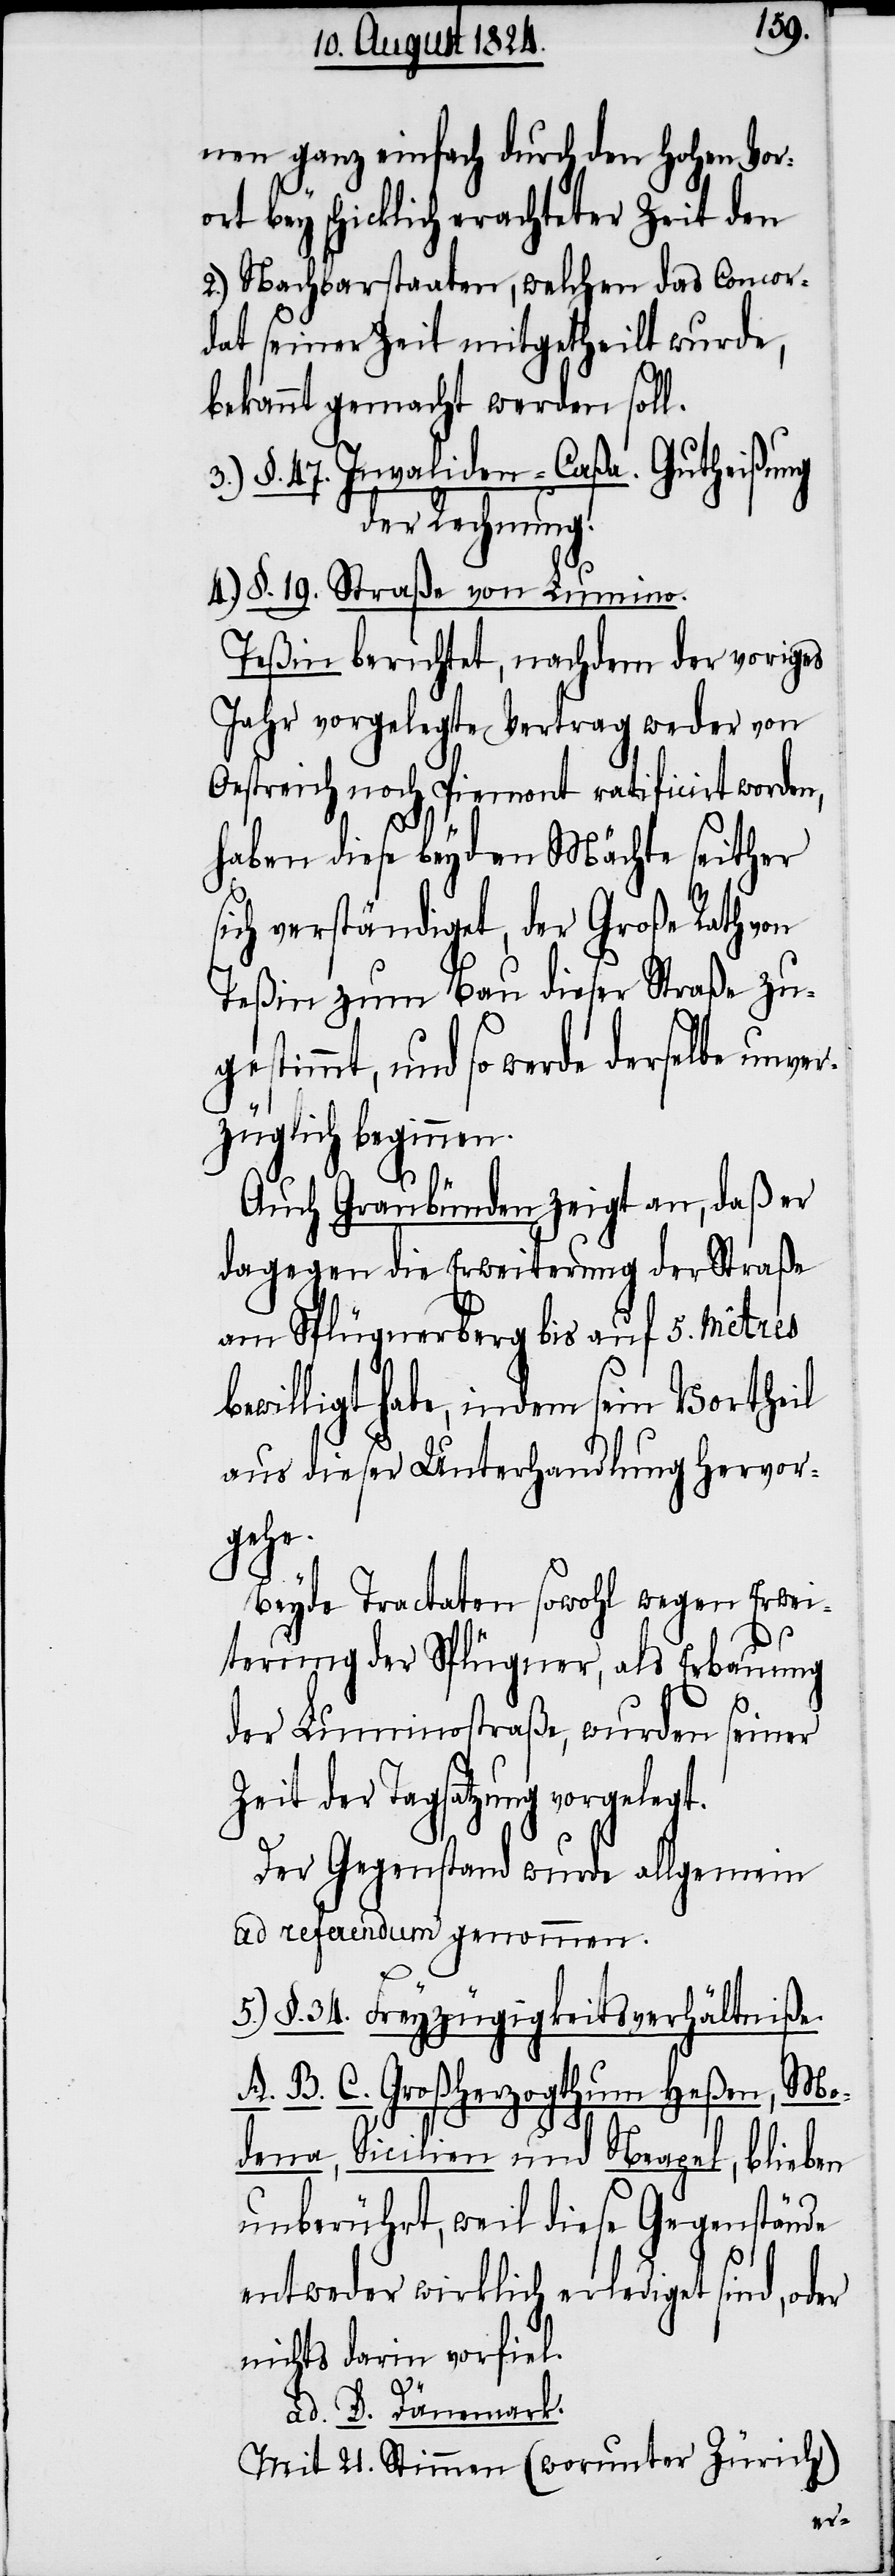
nen ganz einfach durch den Hohen Vor¬
ort bey schicklich erachteter Zeit den
2.) Nachbarstaaten, welche das Concor¬
dat seiner Zeit mitgetheilt wurde,
bekannt gemacht werden soll.
3.) §. 47. Invaliden-Caßa. Gutheißung
der Rechnung.
4.) §. 19. Straße von Lumino.
Teßin berichtet, nachdem der voriges
Jahr vorgelegte Vertrag weder von
Oestreich noch Piemont ratificirt worden,
haben diese beyden Mächte seither
sich verständiget, der Große Rath von
Teßin zum Bau dieser Straße zu¬
gestimmt, und so werde derselbe unve¬
rzüglich beginnen.
Auch Graubünden zeigt an, daß er
dagegen die Erweiterung der Straße
am Splügenerberg bis auf 5. Metrès
bewilligt habe, indem sein Vortheil
aus dieser Unterhandlung hervor¬
gehe.
Beyde Tractaten sowohl wegen Erwei¬
terung der Splügener, als Erbauung
der Luminostraße, wurden seiner
Zeit der Tagsatzung vorgelegt.
Der Gegenstand wurde allgemein
ad referendum genommen.
5.) §. 34. Freyzügigkeitsverhältniße.
A. B. C. Großherzogthum Heßen, Mo¬
den, Sicilien und Neapel, blieben
unberührt, weil diese Gegenstände
entweder wirklich erlediget sind, oder
nichts darin vorfiel.
ad. D. Dänemark.
Mit 21. Stimmen (worunter Zürich)